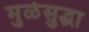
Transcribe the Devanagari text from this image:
मुळेसुद्धा